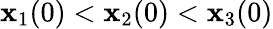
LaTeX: \mathbf{x}_{1}(0)<\mathbf{x}_{2}(0)<\mathbf{x}_{3}(0)